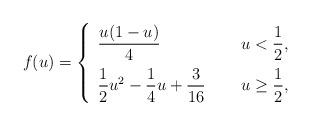
LaTeX: \begin{align*}f(u)=\left\{\begin{array}{ll} \dfrac{u(1-u)}{4} ~~~~& u<\dfrac{1}{2}, \medskip\\ \dfrac{1}{2}u^2-\dfrac{1}{4}u+\dfrac{3}{16} ~~~~& u \geq \dfrac{1}{2}, \end{array}\right.\end{align*}